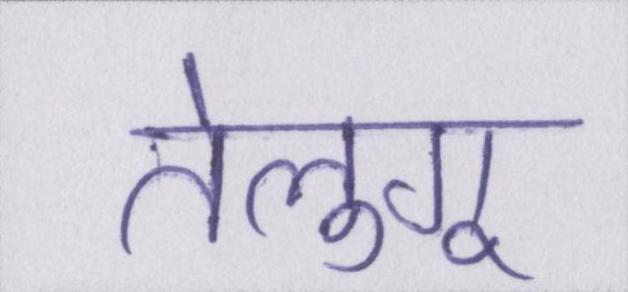
तेलुगू